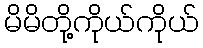
မိမိတို့ကိုယ်ကိုယ်